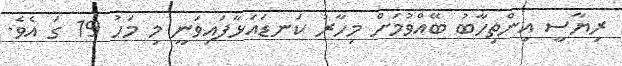
ރިޔާސީ އިންތިހާބު ބޭއްވުމަށް މިހާރު ކަނޑައަޅާފައިވަނީ މި މަހު 19 ގަ އެވެ.